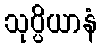
သုပ္ပိယာနံ